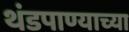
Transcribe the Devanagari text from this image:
थंडपाण्याच्या